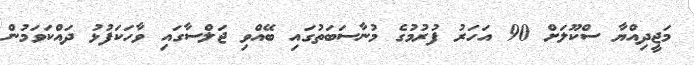
މަޖީދިއްޔާ ސްކޫލަށް 90 އަހަރު ފުރުމުގެ މުނާސަބަތުގައި ބޭއްވި ޖަލްސާގައި ވާހަކަފުޅު ދައްކަވަމުން